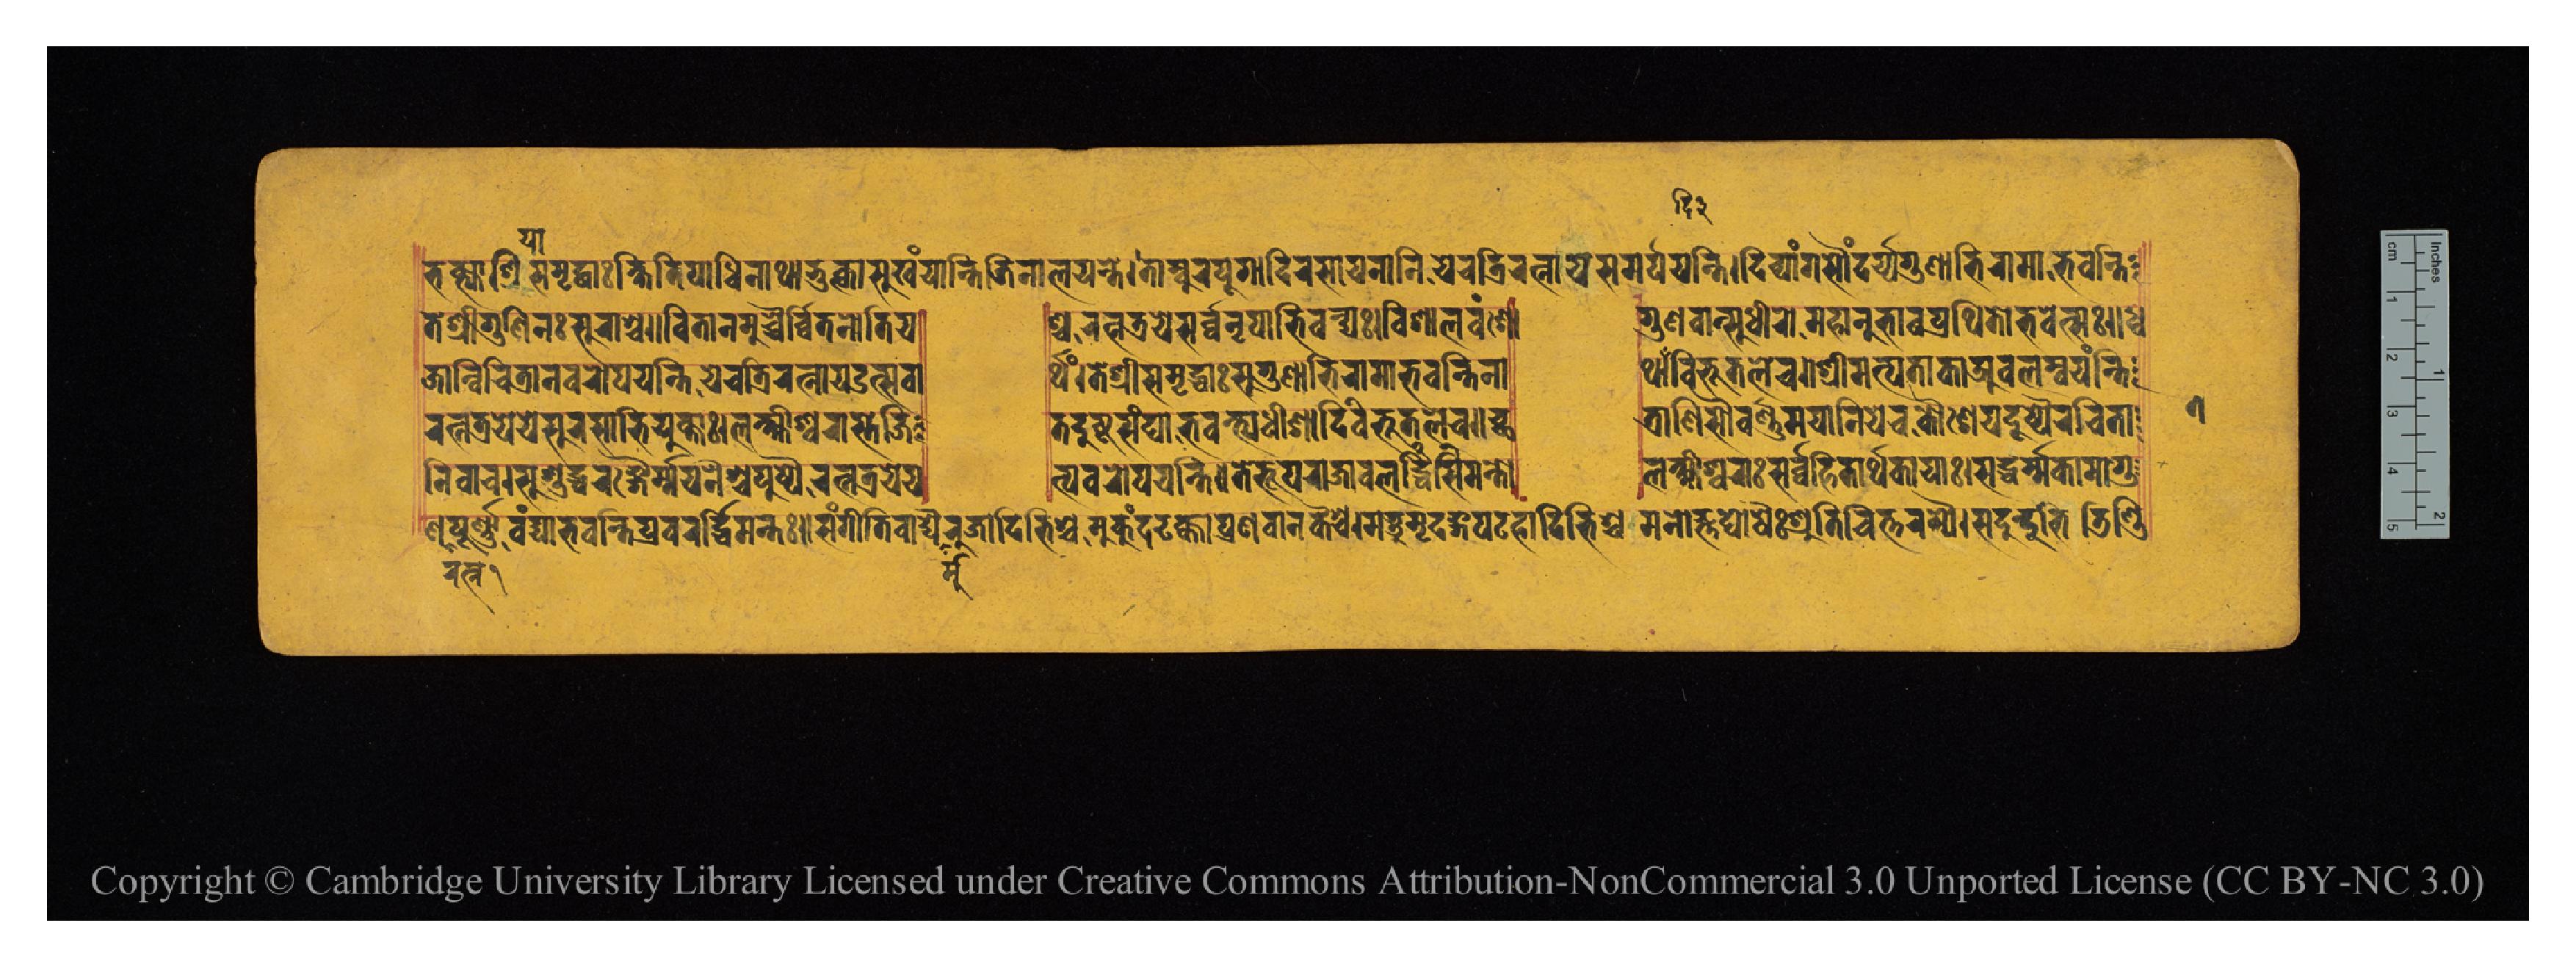
𑐨𑐎𑑂𑐟𑑂𑐫𑐵𑐱𑑂𑐬𑐷𑐳𑐩𑐺𑐡𑑂𑐢𑐵𑑅𑐎𑑂𑐲𑐶𑐟𑐶𑐥𑐵𑐢𑐶𑐣𑐵𑐠𑐵𑐨𑐸𑐎𑑂𑐟𑑂𑐰𑐵𑐳𑐸𑐏𑑄𑐫𑐵𑐣𑑂𑐟𑐶𑐖𑐶𑐣𑐵𑐮𑐫𑐣𑑂𑐟𑐾𑑋𑐟𑐵𑐩𑑂𑐧𑐹𑐮𑐥𑐹𑐐𑐵𑐡𑐶𑐬𑐳𑐵𑐫𑐣𑐵𑐣𑐶𑐫𑐾𑐔𑐟𑑂𑐬𑐶𑐬𑐟𑑂𑐣𑐵𑐫𑐳𑐩𑐬𑑂𑐥𑐫𑐣𑑂𑐟𑐶𑑋𑐡𑐶𑐰𑑂𑐫𑐵𑑄𑐐𑐳𑑁𑐣𑑂𑐡𑐬𑑂𑐫𑐐𑐸𑐣𑐵𑐨𑐶𑐬𑐵𑐩𑐵𑐨𑐰𑐣𑑂𑐟𑐶 𑐟𑐾𑐱𑑂𑐬𑐷𑐐𑐸𑐞𑐶𑐣𑑅𑐳𑐸𑐬𑐵𑐱𑑂𑐔𑑌𑐰𑐶𑐟𑐵𑐣𑐩𑐸𑐔𑑂𑐔𑐿𑐬𑑂𑐰𑐶𑐟𑐣𑑀𑐟𑐶𑐫 𑐱𑑂𑐔𑐬𑐟𑑂𑐣𑐟𑑂𑐬𑐫𑐾𑐳𑐬𑑂𑐰𑑂𑐰𑐣𑐺𑐥𑐵𑐨𑐶𑐰𑐣𑑂𑐡𑑂𑐫𑑅𑑋𑐰𑐶𑐱𑐵𑐮𑐰𑑄𑐱𑑀 𑐐𑐸𑐞𑐰𑐵𑐣𑑂𑐳𑐸𑐢𑐷𑐬𑑀𑐩𑐴𑐵𑐣𑐸𑐨𑐵𑐰𑐥𑑂𑐬𑐠𑐶𑐟𑑀𑐨𑐰𑐾𑐟𑑂𑐳𑑅𑑌𑐢𑑂𑐰 𑐖𑐵𑐣𑑂𑐰𑐶𑐔𑐶𑐟𑑂𑐬𑐵𑐣𑐰𑐬𑑀𑐥𑐫𑐣𑑂𑐟𑐶𑐫𑐾𑐔𑐟𑑂𑐬𑐶𑐬𑐟𑑂𑐣𑐵𑐮𑐫𑑁𑐟𑑂𑐳𑐰𑐵 𑐬𑑂𑐠𑑄𑑋𑐟𑐾𑐱𑑂𑐬𑐷𑐳𑐩𑐺𑐡𑑂𑐢𑐵𑑅𑐳𑐸𑐐𑐸𑐞𑐵𑐨𑐶𑐬𑐵𑐩𑐵𑐨𑐰𑐣𑑂𑐟𑐶𑐣𑐵 𑐠𑐵𑐡𑐶𑐰𑐶𑐨𑐹𑐟𑐮𑐾𑐔𑑌𑐱𑑂𑐬𑐷𑐩𑐟𑑂𑐥𑐟𑐵𑐎𑐵𑐀𑐰𑐮𑐩𑑂𑐧𑐫𑐣𑑂𑐟𑐶 𑐬𑐟𑑂𑐣𑐟𑑂𑐬𑐫𑐾𑐫𑐾𑐬𑐳𑐵𑐨𑐶𑐫𑐸𑐎𑑂𑐟𑐵𑑅𑑋𑐮𑐎𑑂𑐲𑑂𑐩𑐷𑐱𑑂𑐰𑐬𑐵𑐳𑑂𑐟𑐾𑐖𑐶 𑐟𑐡𑐸𑐲𑑂𑐚𑐳𑑄𑐑𑐵𑐨𑐰𑐣𑑂𑐟𑑂𑐫𑐢𑐷𑐱𑐵𑐡𑐶𑐰𑐶𑐨𑐹𑐟𑐮𑐾𑐔𑑌𑐕 𑐟𑑂𑐬𑐵𑐞𑐶𑐳𑑁𑐰𑐬𑑂𑐞𑐩𑐫𑐵𑐣𑐶𑐫𑐾𑐔𑐎𑑁𑐱𑐾𑐫𑐡𑐹𑐲𑑂𑐚𑐿𑐬𑐔𑐶𑐟𑐵 𑐣𑐶𑐰𑐵𑐔𑑋𑐳𑐸𑐱𑐸𑐡𑑂𑐢𑐬𑑄𑐐𑐿𑐬𑑂𑐩𑐫𑐣𑐿𑐱𑑂𑐔𑐥𑐸𑐲𑑂𑐥𑐿𑐬𑐟𑑂𑐣𑐟𑑂𑐬𑐫𑐾𑐫𑐾 𑐨𑑂𑐫𑐰𑐬𑑀𑐥𑐫𑐣𑑂𑐟𑐶𑑌𑐟𑐾𑐨𑐹𑐥𑐬𑐵𑐖𑐵𑐰𑐬𑐳𑐶𑐡𑑂𑐢𑐶𑐩𑐣𑑂𑐟𑑀 𑐮𑐎𑑂𑐲𑑂𑐩𑐷𑐱𑑂𑐰𑐬𑐵𑑅𑐳𑐬𑑂𑐰𑑂𑐰𑐴𑐶𑐟𑐵𑐬𑑂𑐠𑐎𑐵𑐫𑐵𑑅𑑋𑐳𑐡𑑂𑐢𑐬𑑂𑐩𑑂𑐩𑐎𑐵𑐩𑐵𑐐𑐸 𑐞𑐥𑐹𑐬𑑂𑐣𑐵𑐰𑐣𑑂𑐡𑑂𑐫𑐵𑐨𑐰𑐣𑑂𑐟𑐶𑐥𑑂𑐬𑐰𑐬𑐬𑑂𑐡𑑂𑐢𑐶𑐩𑐣𑑂𑐟𑑅𑑌𑐳𑑄𑐐𑐷𑐟𑐶𑐰𑐵𑐡𑑂𑐫𑐿𑐬𑐸𑐖𑐵𑐡𑐶𑐨𑐶𑐱𑑂𑐔𑐩𑐸𑐎𑐸𑑄𑐡𑐝𑐎𑑂𑐎𑐵𑐥𑑂𑐬𑐵𑐣𑐰𑐵𑐣𑐎𑐿𑐱𑑂𑐔𑑋𑐩𑐜𑑂𑐩𑐺𑐡𑑄𑐐𑐥𑐚𑐴𑐵𑐡𑐶𑐨𑐶𑐱𑑂𑐔𑐩𑐣𑑀𑐖𑑂𑐘𑐑𑑀𑐲𑐿𑑅𑐱𑑂𑐬𑑀𑐟𑐶𑐔𑐶𑐟𑑂𑐟𑐬𑐩𑑂𑐫𑐿𑑅𑑋𑐳𑐡𑐸𑐣𑑂𑐡𑐸𑐨𑐶𑐜𑐶𑐞𑑂𑐜 𑑗